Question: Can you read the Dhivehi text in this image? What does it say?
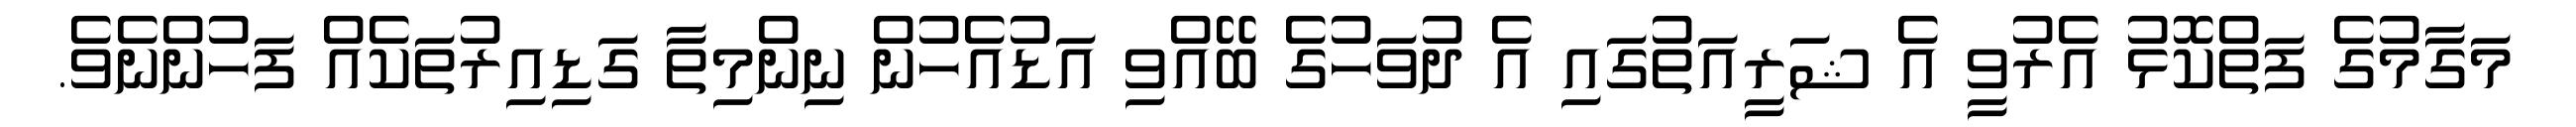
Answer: މަގާމުގެ ފަތްކޮޅު އެރުވީ އެ ޝަރީއަތުގައި އެ ދުވަހުގެ ބޭއްވި އަޑުއެހުން ނިންމިތާ ގަޑިއިރުތަކެއް ފަހުންނެވެ.